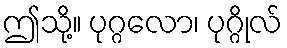
ဤသို့။ ပုဂ္ဂလော၊ ပုဂ္ဂိုလ်